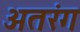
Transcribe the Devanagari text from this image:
अतरंग